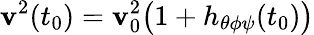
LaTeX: \mathbf{v}^{2}(t_{0})=\mathbf{v}_{0}^{2}\bigl(1+h_{\theta\phi\psi}(t_{0})\bigr)